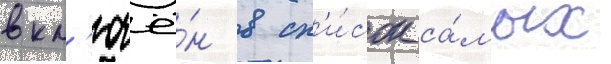
вкл'ючё́н в сп'и́сок са́мых